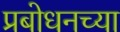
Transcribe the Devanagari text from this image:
प्रबोधनच्या